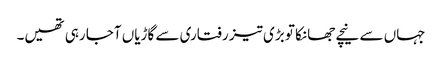
جہاں سے نیچے جھانکا تو بڑی تیز رفتاری سے گاڑیاں آجا رہی تھیں۔